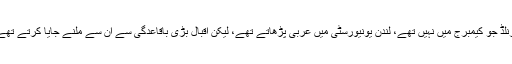
آرنلڈ جو کیمبرج میں نہیں تھے، لندن یونیورسٹی میں عربی پڑھاتے تھے، لیکن اقبال بڑی باقاعدگی سے ان سے ملنے جایا کرتے تھے۔